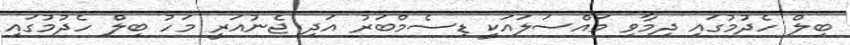
ބިލް ހެދުމުގައި ދިމާވި މައްސަލައަކީ ޑިސެމްބަރު އަދި ޖެނުއަރީ މަހު ބިލް ހެދުމުގައި